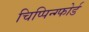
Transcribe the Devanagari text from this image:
चिप्पिन्ग्फोर्ड